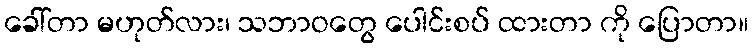
ခေါ်တာ မဟုတ်လား၊ သဘာဝတွေ ပေါင်းစပ် ထားတာ ကို ပြောတာ။